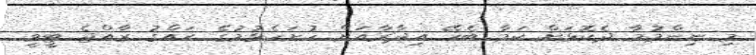
މި ނިންމުމާ ދެކޮޅަށް ކަމާ ބެހޭ އިދާރާއަށް ހުށަހެޅުމުގެ ޙައްޤު ރާއްޖެ ޓީވީ